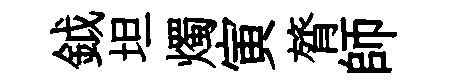
鉞坦燭寅膂師